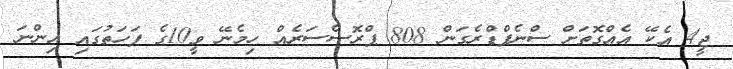
ޖީ4 އެކޭ އެއްގޮތަށް ސްނެޕްޑްރެގަން 808 ޕްރޮސެސަރެއް ހިމެނޭ ވީ10ގެ ފަހަތުގައި އިންނަ